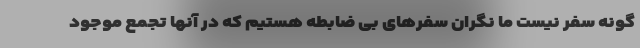
گونه سفر نیست ما نگران سفرهای بی ضابطه هستیم که در آنها تجمع موجود